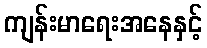
ကျန်းမာရေးအနေနှင့်